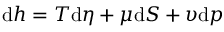
\mathrm { d } h = T \mathrm { d } \eta + \mu \mathrm { d } S + \upsilon \mathrm { d } p